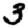
Digit: 3